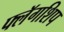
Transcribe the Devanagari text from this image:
फ्लॅगशिप